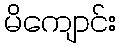
မိကျောင်း